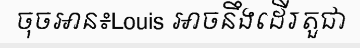
ចុចអាន៖Louis អាចនឹងដើរតួជា